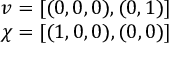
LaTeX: \begin{array} { c } { { v = [ ( 0 , 0 , 0 ) , ( 0 , 1 ) ] } } \\ { { \chi = [ ( 1 , 0 , 0 ) , ( 0 , 0 ) ] } } \end{array}